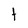
Character: t